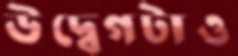
উদ্বেগটাও